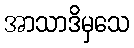
အာသာဒိမှသေ